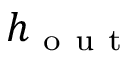
h _ { \mathrm { ~ o ~ u ~ t ~ } }